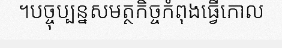
។បច្ចុប្បន្នសមត្ថកិច្ចកំពុងធ្វើកោល